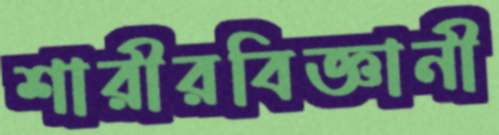
শারীরবিজ্ঞানী